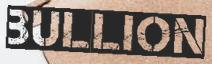
BULLION